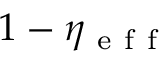
1 - \eta _ { \mathrm { ~ e ~ f ~ f ~ } }